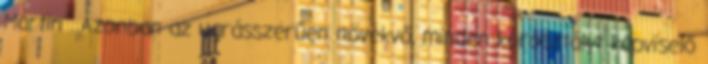
Martin . Azonban az ugrásszerűen növekvő, minden korosztályt képviselő